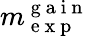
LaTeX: m_{\mathrm{~e~x~p~}}^{\mathrm{~g~a~i~n~}}